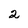
Character: 2